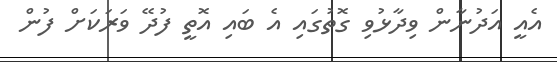
އެއީ އަދުނާން ވިދާޅުވި ގޮތުގައި އެ ބައި އޮތީ ފުދޭ ވަރަކަށް ފުން